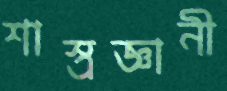
শাস্ত্রজ্ঞানী